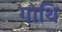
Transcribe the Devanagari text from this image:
गोथि